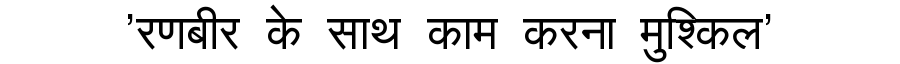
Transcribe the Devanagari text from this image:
'रणबीर के साथ काम करना मुश्किल'